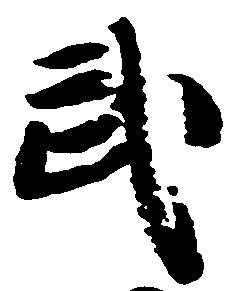
武